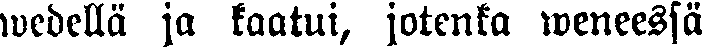
wedellä ja kaatui, jotenka weneessä